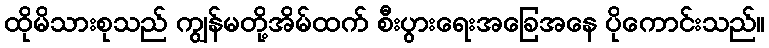
ထိုမိသားစုသည် ကျွန်မတို့အိမ်ထက် စီးပွားရေးအခြေအနေ ပိုကောင်းသည်။